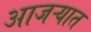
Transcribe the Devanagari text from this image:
आजऱ्यात